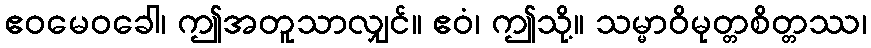
ဧဝမေဝခေါ၊ ဤအတူသာလျှင်။ ဧဝံ၊ ဤသို့။ သမ္မာဝိမုတ္တစိတ္တဿ၊